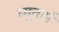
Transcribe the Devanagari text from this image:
व्यूवर्स